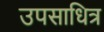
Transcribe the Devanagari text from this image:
उपसाधित्र